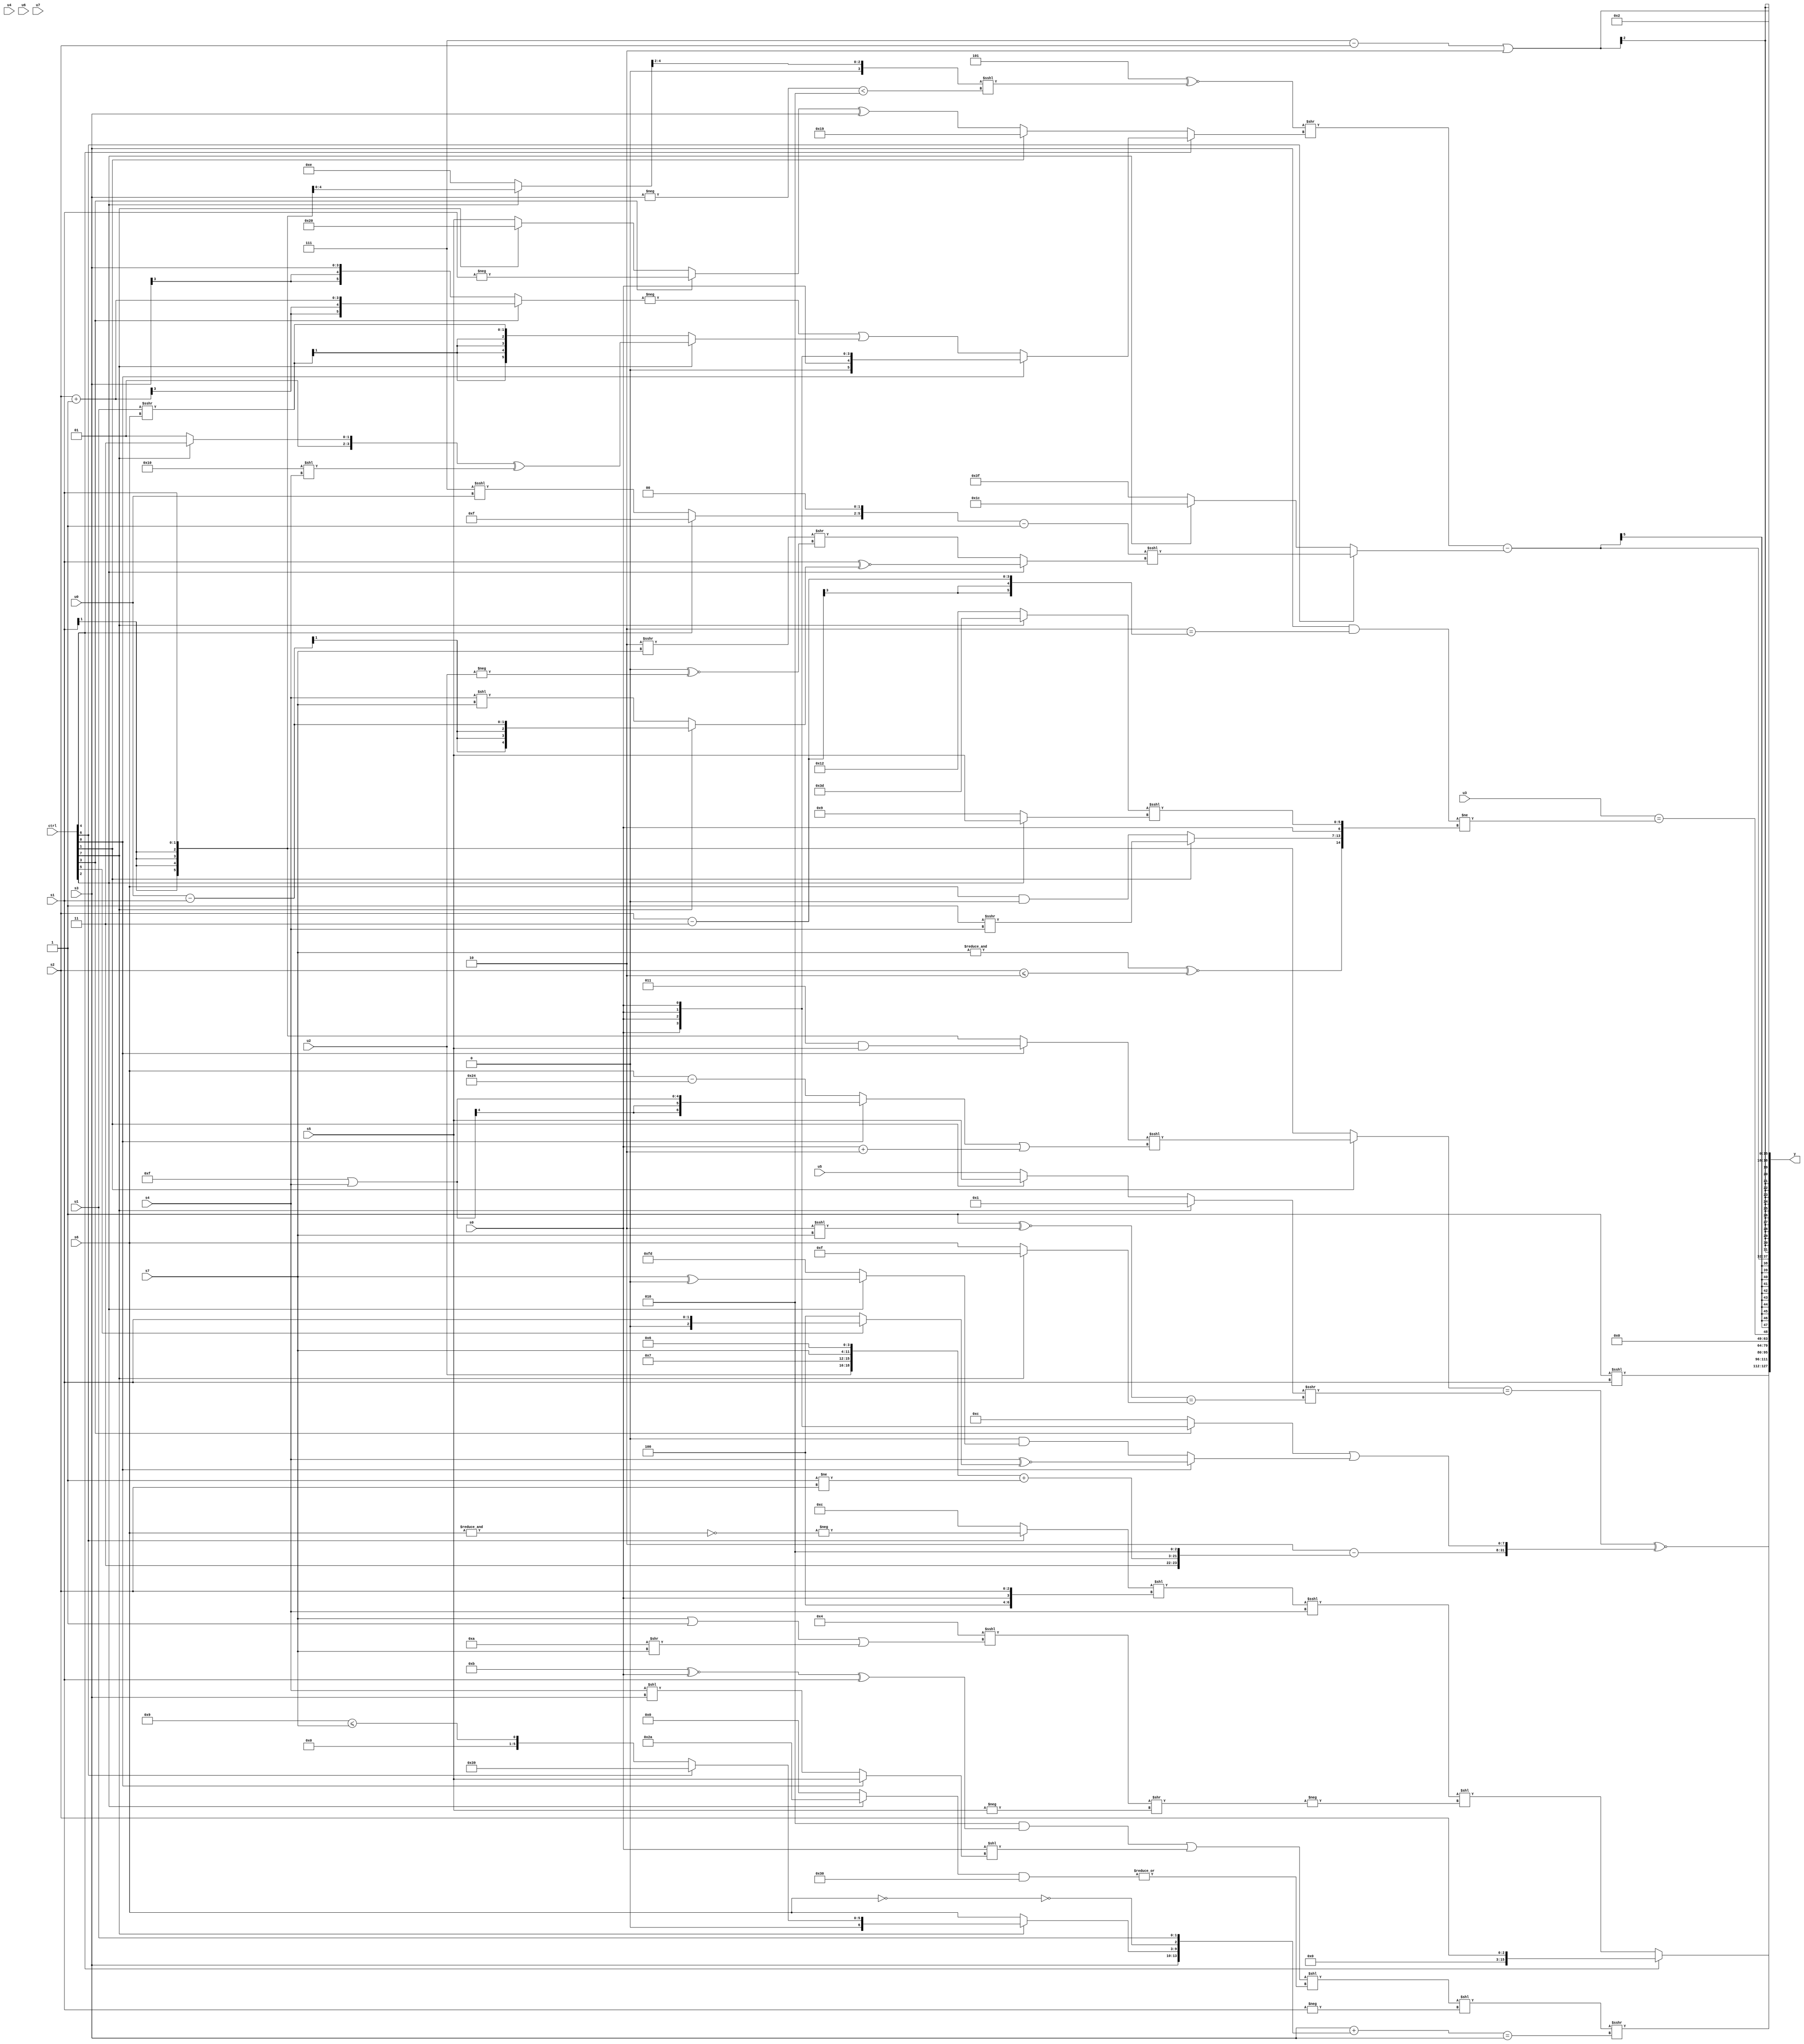
module wideexpr_00327(ctrl, u0, u1, u2, u3, u4, u5, u6, u7, s0, s1, s2, s3, s4, s5, s6, s7, y);
  input [7:0] ctrl;
  input [0:0] u0;
  input [1:0] u1;
  input [2:0] u2;
  input [3:0] u3;
  input [4:0] u4;
  input [5:0] u5;
  input [6:0] u6;
  input [7:0] u7;
  input signed [0:0] s0;
  input signed [1:0] s1;
  input signed [2:0] s2;
  input signed [3:0] s3;
  input signed [4:0] s4;
  input signed [5:0] s5;
  input signed [6:0] s6;
  input signed [7:0] s7;
  output [127:0] y;
  wire [15:0] y0;
  wire [15:0] y1;
  wire [15:0] y2;
  wire [15:0] y3;
  wire [15:0] y4;
  wire [15:0] y5;
  wire [15:0] y6;
  wire [15:0] y7;
  assign y = {y0,y1,y2,y3,y4,y5,y6,y7};
  assign y0 = (ctrl[4]?s2:((((ctrl[6]?-(~&(s6)):5'sb01100))<<($unsigned({(6'sb010100)<(5'sb00010),$signed(3'sb100),s0,{s2}})))<<<(s4))<<(-(((4'sb0100)<<<(((s7)|(2'sb11))|((6'sb001010)>>(s7))))>>(-(($signed(s5))<<(1'b0))))));
  assign y1 = (&(((ctrl[1]?($signed((ctrl[0]?(3'sb011)&(s5):s1)))<<<(((ctrl[0]?(5'sb01111)|(s4):(s6)-(6'sb100100)))|(+((s0)+(2'sb10)))):s1))==(($signed($unsigned((ctrl[7]?1'b1:(ctrl[1]?s5:u5)))))>>>(+(((-(2'sb01))^~((3'sb110)<<<(s7)))==($signed((ctrl[7]?5'b01111:s6))))))))^~({(($signed(3'sb010))-({2'b11,$signed(({u2,4'sb0111,s7,4'b0110})+((2'sb11)!=(s2))),3'sb010}))<<((-({1{((ctrl[0]?s0:4'sb1001))>>((5'sb11111)<<(s1))}}))>>>(+(4'sb1001))),($signed((ctrl[3]?s0:4'sb1100)))|((ctrl[0]?(ctrl[0]?(+(s4))^~($signed((ctrl[5]?s1:3'b100))):(4'sb0010)>>({(4'sb1110)<<(5'b11001)})):$signed((-($signed(3'sb000)))&((ctrl[2]?(s7)^(1'sb0):3'sb101)))))});
  assign y2 = (2'sb11)<<<(s1);
  assign y3 = (((((-(3'sb110))&(((4'sb1011)^~(s0))^(s1)))|((s0)<<((ctrl[0]?s5:(s4)<<(s3)))))<<($signed(|(((ctrl[2]?6'b101010:2'sb00))&((4'sb1110)<<<(2'sb11))))))<<(+(-(s1))))>>>((({s3})+({s3,(ctrl[7]?(ctrl[6]?(6'sb110001)|(6'sb001001):(4'b1001)<=(s7)):s6),!(!($signed(s6))),u1}))==(s3));
  assign y4 = (u3)==(((s3)&((3'b010)==((s2)-(6'sb000011))))!=({(&(s7))^~((s2)<=(2'sb10)),(ctrl[1]?(1'sb1)>>>(s4):(s6)&(3'sb000)),s0,((ctrl[7]?4'sb1101:6'sb010010))<<<((ctrl[2]?s5:6'sb001001))}));
  assign y5 = $signed((($signed((3'sb101)^~($signed((((ctrl[2]?s1:5'sb01110))>>($signed(3'sb010)))<<<((-(s3))<(+(3'sb010)))))))>>((ctrl[4]?(ctrl[0]?(s0)>>({1{2'sb01}}):(-((ctrl[3]?(s2)+(5'sb11111):+(s3))))|((ctrl[7]?((ctrl[7]?4'sb0111:5'sb00101))^((5'sb10000)<<(s4)):$signed((u1)>>>(s6))))):(ctrl[1]?$signed(6'sb011001):($signed((ctrl[3]?-(s1):(ctrl[7]?6'sb100000:s5))))^($signed(s3))))))-((ctrl[6]?((+(((ctrl[4]?5'sb11111:(3'sb111)<<<(u0)))<<<(2'sb10)))-(+(~&((5'sb10110)<<($signed(4'sb0110))))))<<<((ctrl[2]?(s1)^~((ctrl[7]?$signed((u0)-(s1)):$signed((s4)<<(s7)))):(($signed({4'sb1110}))>>>(s7))>>((5'sb00000)^~(-(u2))))):$signed($signed($signed($signed($signed((ctrl[2]?6'sb011100:3'sb111)))))))));
  assign y6 = ($signed((-(~^(6'sb001010)))-($signed(s2))))|(2'sb10);
  assign y7 = +(2'b10);
endmodule